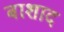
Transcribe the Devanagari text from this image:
बाशाद